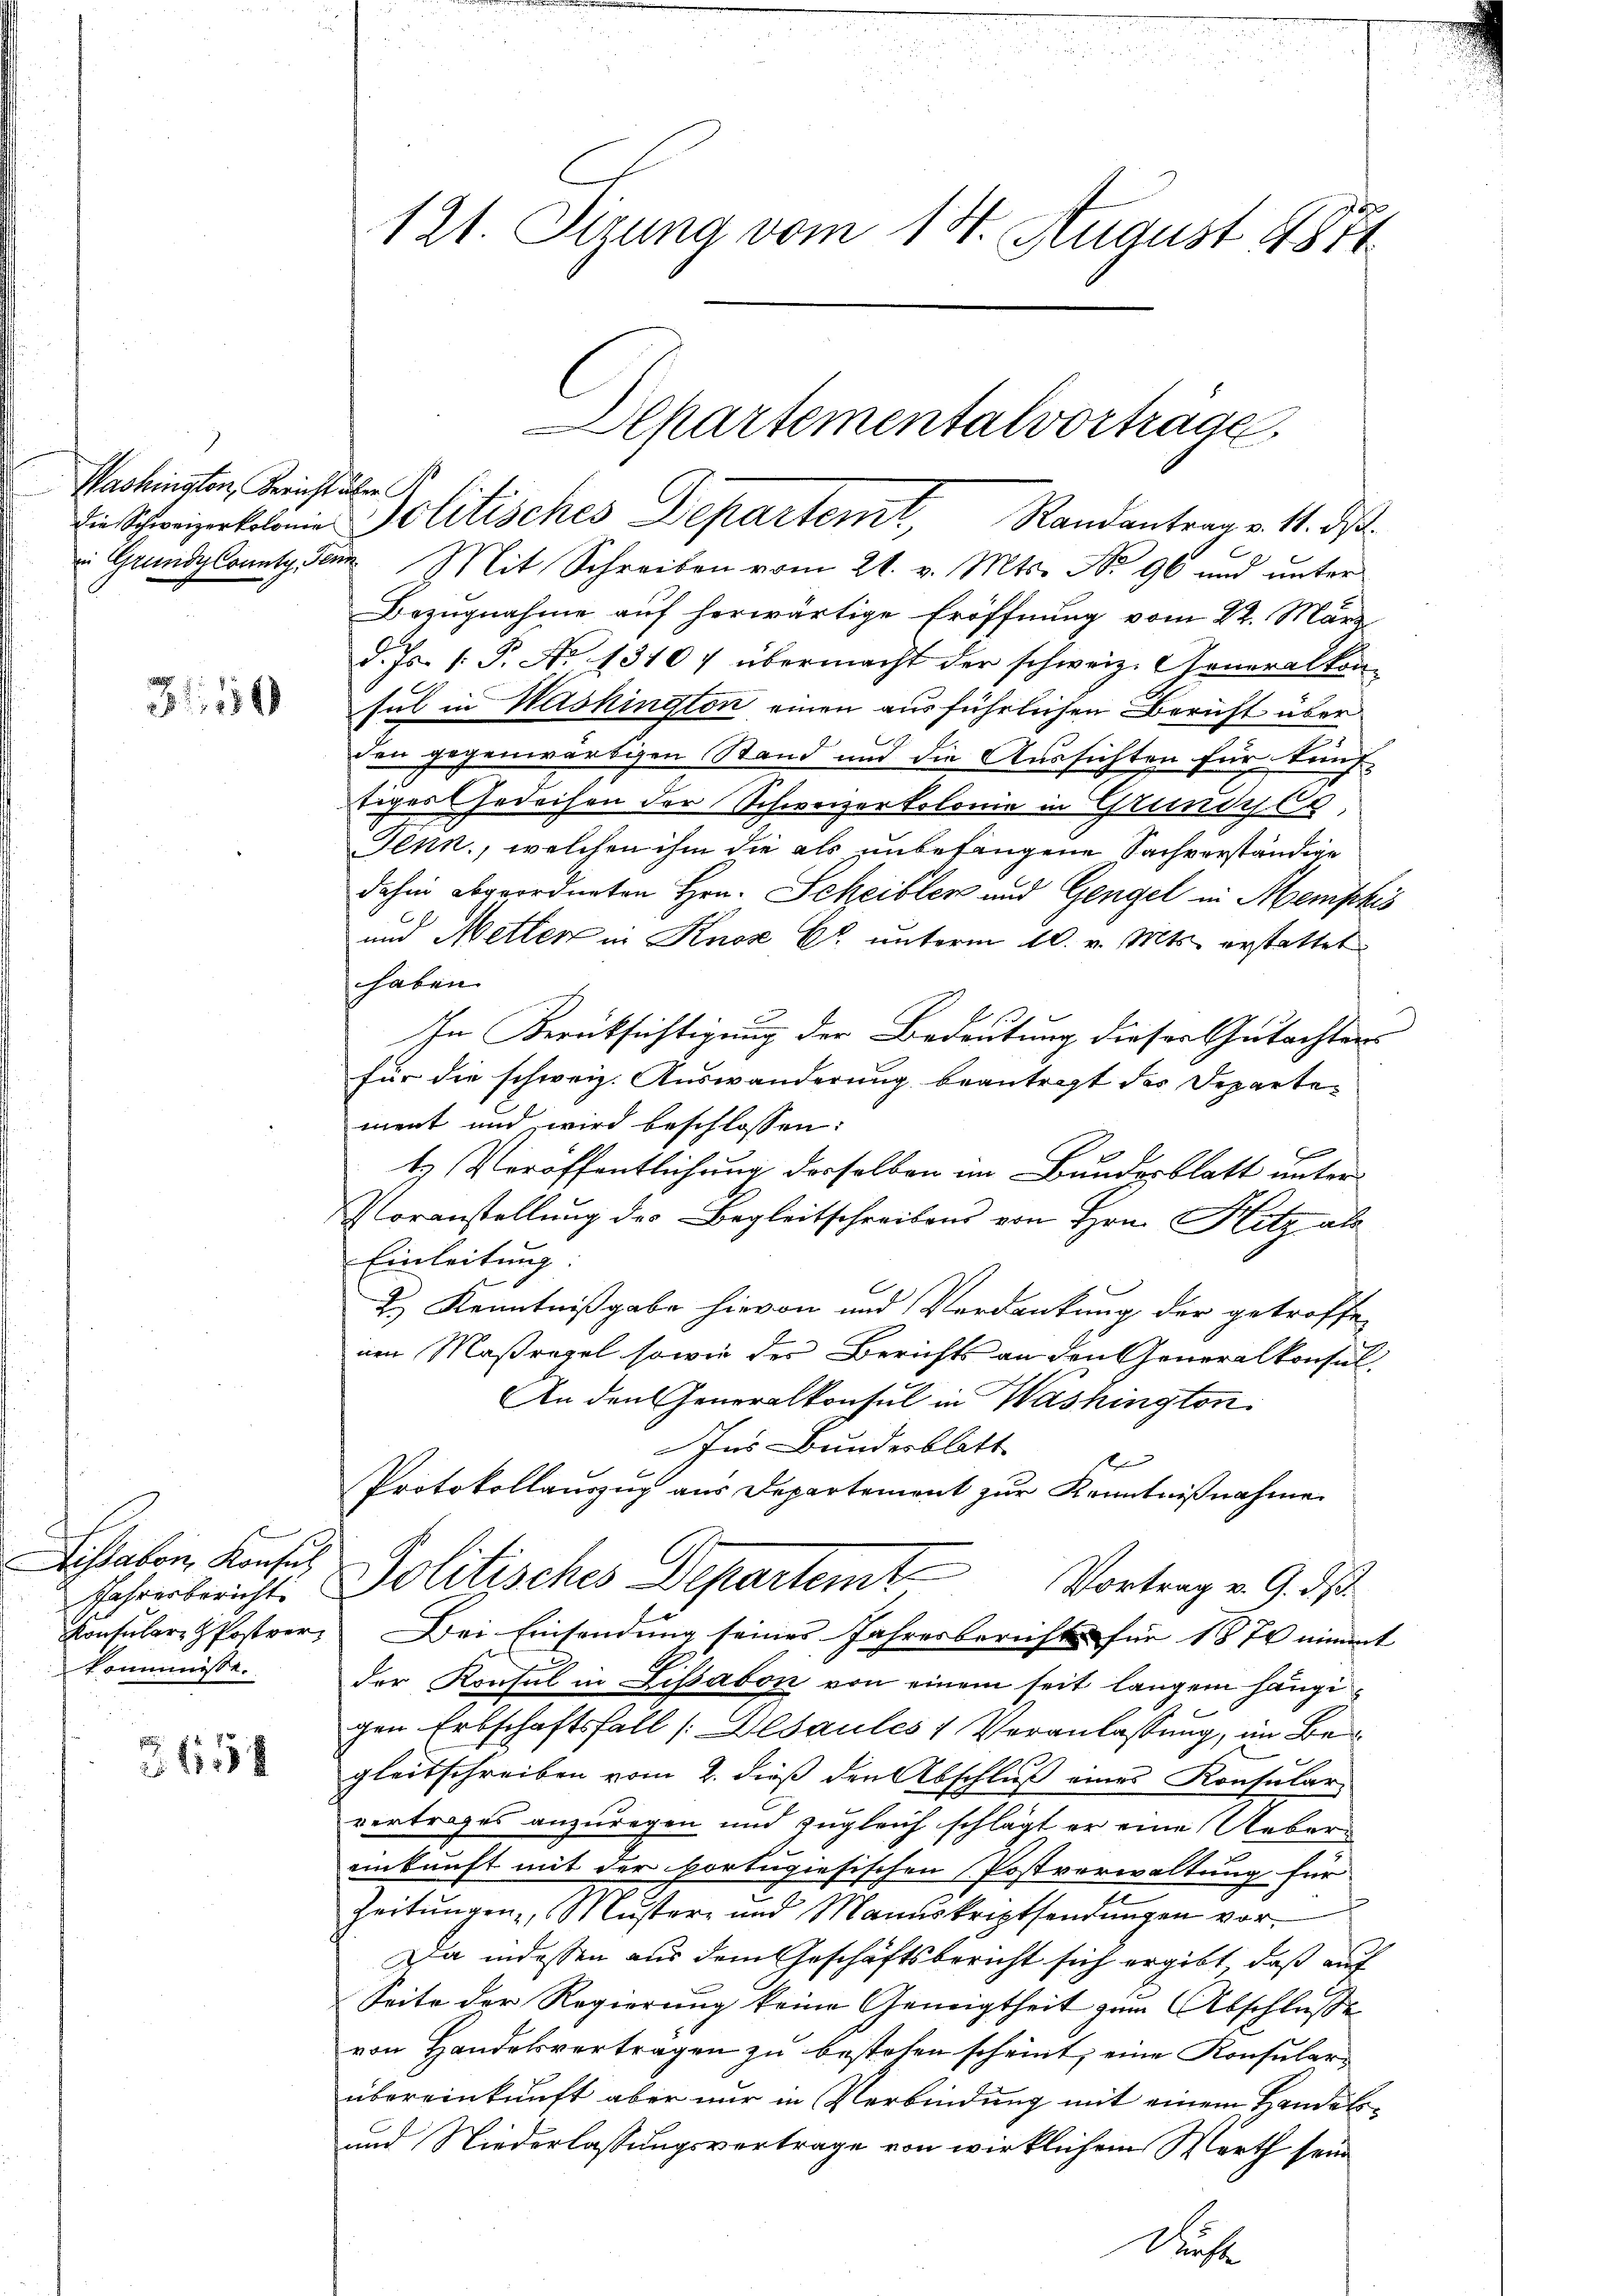
Washington, Bericht über R

3150

Lissabon, Konsul
Jahresbericht.
Konsulare Postverkommnisse.

Z 11138

121. Stzung vom 14. August 1871

n Schweizerkolonie Politisches Departemt, Randantrag v. 11. ds.
 Grundplant den Mit Schreiben vom 21. v. Mts. No. 96 und unter
Bezugnahme auf herwärtige Eröffnung vom 22. März
d. Js. 1. P. No 1310 übermacht der schweiz. Generalkon
sul in Washington einen ausführlichen Bericht über
den gegenwärtigen Stand und die Aussichten für kauf-
figes Gedeihen der Schweizerkolonie in Grundle,
Tenn, welchen ihm die als unbefangene Sachverständige
dahin abgeordneten Hrn. Scheibler und Gengel in Memphis
und Metter in Knoz Ct. unterm 10. v. Mts. erstattet
haten.
In Berücksichtigung der Bedeutung dieser Gutachters
für die schweiz. Auswanderung beantragt des Departement und wird beschlossen:
6
ts Veröffentlichung derselben im Bundesblatt unter
Voranstellung des Begleitschreibens von Hrn. Hitz als
Einleitung.
2.) Kenntnißgabe hievon und Verdankung der getroffe
nen Maßregel sowie der Berichts an den Generalkonsul,
An den Generalkonsul in Washington
Ins Bundesblatt
s
Protokollauszug aus Departement zur Kenntnißnahme
Politisches Departemt
Vortrag v. G. dß.
Dei Einsendung seines Jahresbericht für 1870 nimmt
der Konsul in Lissabon von einem seit langen hängi
gen Erbschaftsfall /:Desaules 1 Veranlassung, im Begleitschreiben vom 2. dieß den Abschluß eines Konsularvertrages anzuregen und zugleich schlägt er eine Uebereinkunft mit der bortugiesischen Postverwaltung für
Zeitungen, Muster- und Manuskriptsendungen vor
Da indessen aus dem Geschäftsbericht sich ergibt, daß auf
Seite der Regierung keine Geneigtheit zum Abschlusse
von Handelsvertragen zu bestehen scheint, eine Konsular-
übereinkunft aber nur in Verbindung mit einem Handels¬
und Niederlassungsvertrage von wirklichem Marth sein
Muste

Alkartementalvorträge